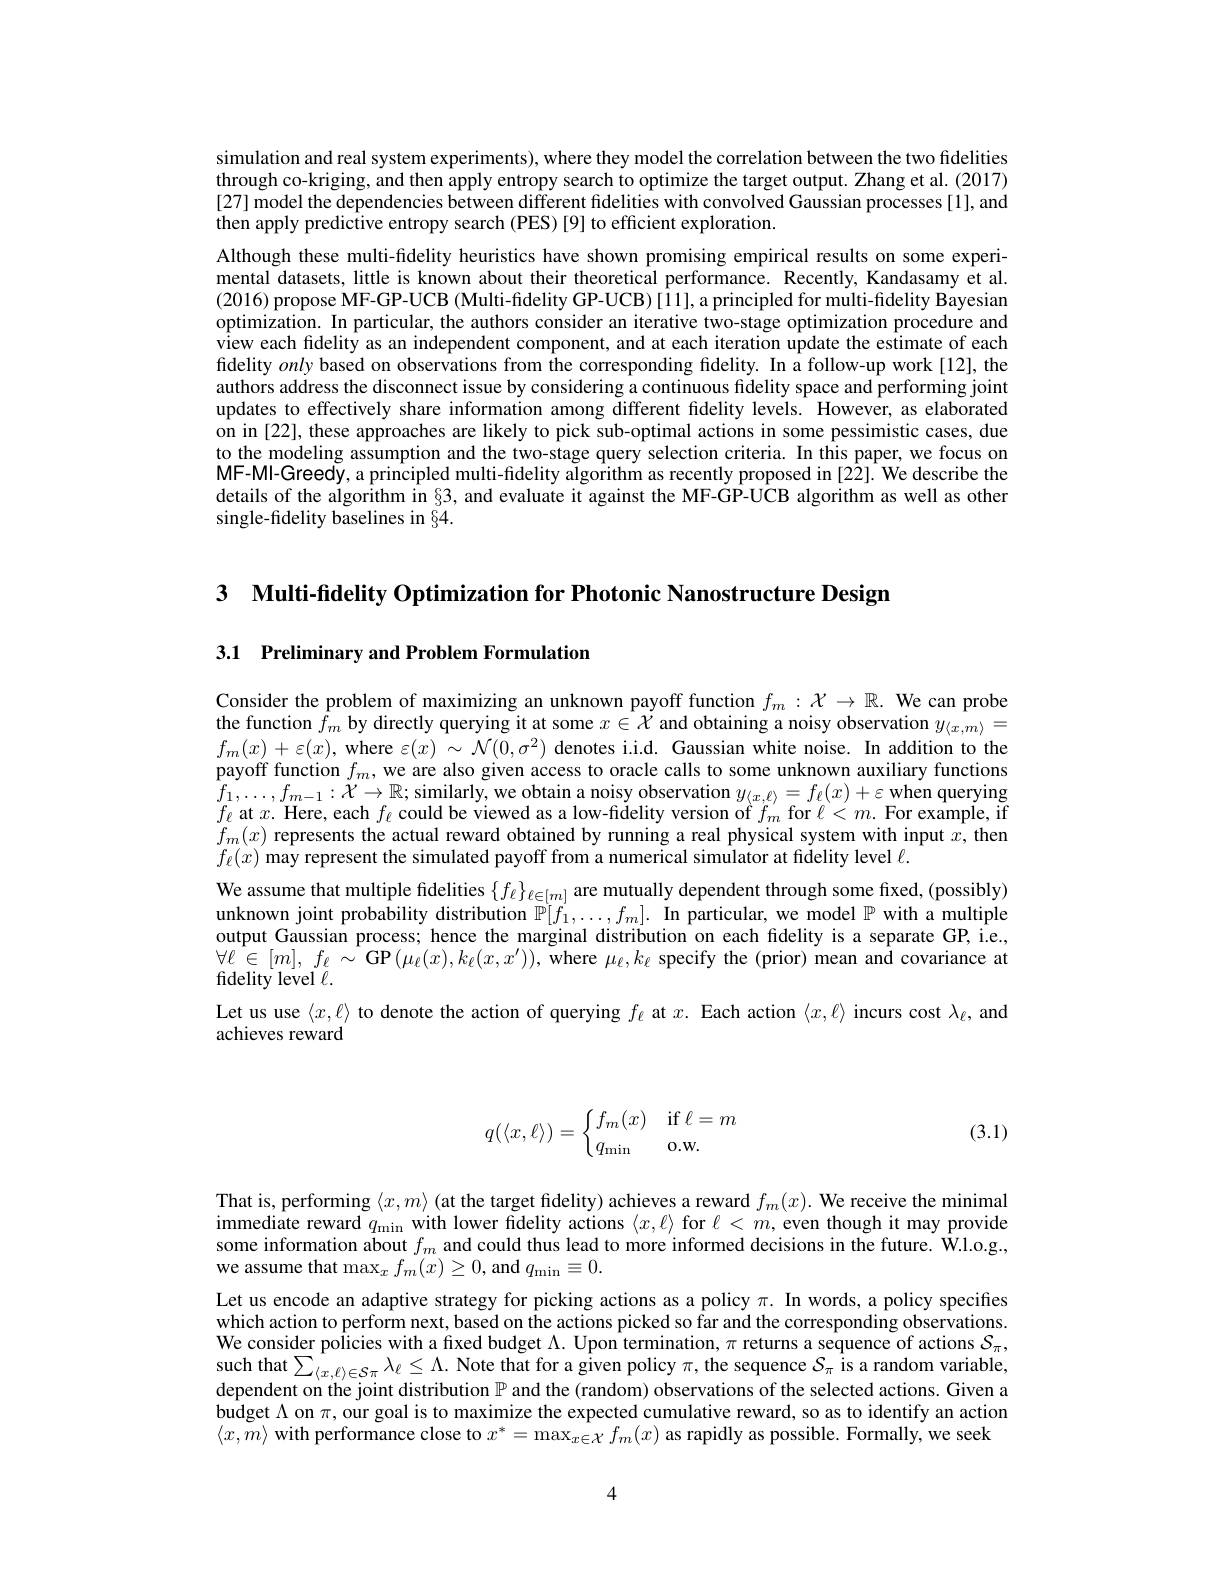
simulation and real system experiments), where they model the correlation between the two fidelities through co-kriging, and then apply entropy search to optimize the target output. Zhang et al. (2017) [27] model the dependencies between different fidelities with convolved Gaussian processes[1], and then apply predictive entropy search (PES) [9] to efficient exploration.

Although these multi-fidelity heuristics have shown promising empirical results on some experimental datasets, little is known about their theoretical performance. Recently, Kandasamy et al. (2016) propose MF-GP-UCB (Multi-fidelity GP-UCB)[1], a principled for multi-fidelity Bayesian optimization. In particular, the authors consider an iterative two-stage optimization procedure and view each fidelity as an independent component, and at each iteration update the estimate of each fidelity only based on observations from the corresponding fidelity. In a follow-up work[12], the authors address the disconnect issue by considering a continuous fidelity space and performing joint updates to effectively share information among different fidelity levels. However, as elaborated on in [22], these approaches are likely to pick sub-optimal actions in some pessimistic cases, due to the modeling assumption and the two-stage query selection criteria. In this paper, we focus on MF-MI-Greedy, a principled multi-fidelity algorithm as recently proposed in [22]. We describe the details of the algorithm in §3, and evaluate it against the MF-GP-UCB algorithm as well as other single-fidelity baselines in $\S4.$

3 $\textbf{Multi- fidelity Optimization for Photonic Nanostructure Design}$

3.1 Preliminary and Problem Formulation

Consider the problem of maximizing an unknown payoff function $f_m:\mathcal{X}\to\mathbb{R}.$ We can probe the function $\hat{f}_m$ by directly querying it at some $x\in\mathcal{X}$ and obtaining a noisy observation $y_\langle x,m\rangle=$ $f_{m}(x)+\varepsilon(x)$,where $\varepsilon(x)\sim\mathcal{N}(0,\sigma^{2})$ denotes i.i.d. Gaussian white noise. In addition to the payoff function $f_m$, we are also given access to oracle calls to some unknown auxiliary functions $f_1, \ldots , f_{m- 1}: \dot{\mathcal{X} } \to \mathbb{R} ;$ similarly, we obtain a noisy observation $y_{\langle x, \ell \rangle }= f_\ell ( x) + \varepsilon$ when querying $f_1, \ldots , f_{m- 1}: \dot{\mathcal{X} } \to \mathbb{R} ;$ similarly, we obtain a noisy observation $y_{\langle x, \ell \rangle }= f_\ell ( x) + \varepsilon$ wher querying $f_{\ell}$ at $x.$ Here, each $f_\ell$ could be viewed as a low-fidelity version of $f_m$ for $\ell<m.$ For example, if $f_m(x)$ represents the actual reward obtained by running a real physical system with input $x$, then $f_\ell(x)$ may represent the simulated payoff from a numerical simulator at fidelity level $\ell.$
We assume that multiple fidelities $\{f_\ell\}_{\ell\in[m]}$ are mutually dependent through some fixed, (possibly) unknown joint probability distribution $\mathbb{P}[f_1^{\prime},\ldots,f_m].$ In particular, we model $\mathbb{P}$ with a multiple output Gaussian process; hence the marginal distribution on each fidelity is a separate GP, i.e., $\forall\ell\in[m],f_{\ell}\sim$GP$(\mu_{\ell}(x),k_{\ell}(x,x^{\prime}))$,where $\mu_{\ell},k_{\ell}$ specify the (prior) mean and covariance at fidelity level $\ell.$
Let us use $\langle x,\ell\rangle$ to denote the action of querying $f_\ell$ at $x.$ Each action $\langle x,\ell\rangle$ incurs cost $\lambda_\ell$, and
achieves reward

(3.1)
$$q(\langle x,\ell\rangle)=\begin{cases}f_m(x)&\text{if}\ell=m\\q_{\min}&\text{o.w.}\end{cases}$$
That is, performing $\langle x,m\rangle$ (at the target fidelity) achieves a reward $f_m(x).$ We receive the minimal immediate reward $q_\mathrm{min}$ with lower fidelity actions $\langle x,\ell\rangle$ for $\ell<m$, even though it may provide some information about $f_m$ and could thus lead to more informed decisions in the future. W.l.o.g., we assume that $\max_xf_m(x)\geq0$,and $q_\mathrm{min}\equiv0.$
Let us encode an adaptive strategy for picking actions as a policy $\pi.$ In words, a policy specifies which action to perform next, based on the actions picked so far and the corresponding observations. We consider policies with a fixed budget $\Lambda.$ Upon termination, $\pi$ returns a sequence of actions $\mathcal{S}_\pi$, such that$\sum_\langle x,\ell\rangle\in\mathcal{S}\pi\lambda_\ell\leq\Lambda.$ Note that for a given policy $\pi$,the sequence $\mathcal{S}_\pi$ is a random variable, dependent on the joint distribution $\mathbb{P}$ and the (random) observations of the selected actions. Given a budget $\Lambda$ on $\pi$, our goal is to maximize the expected cumulative reward, so as to identify an action $\langle x,m\rangle$ with performance close to $x^*=\max_{x\in\mathcal{X}}f_m(x)$ as rapidly as possible. Formally, we seek

4